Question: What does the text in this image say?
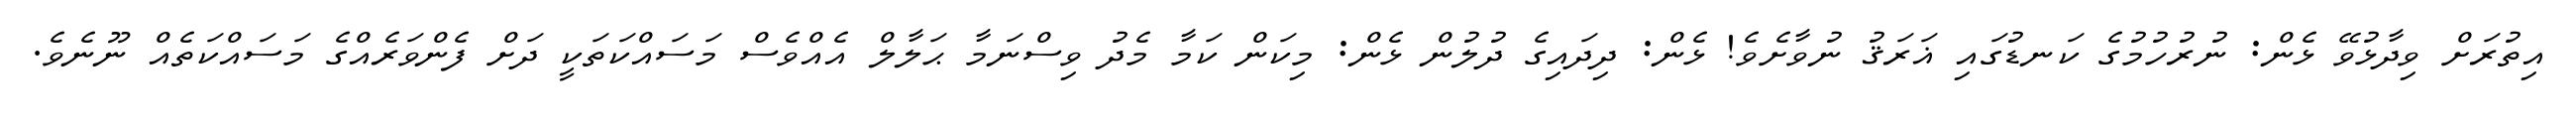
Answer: އިތުރަށް ވިދާޅުވޭ ޅެން: ނުރުހުމުގެ ކަނޑުގައި ޣަރަޤު ނުވާށެވެ! ޅެން: ދިދައިގެ ދުލުން ޅެން: މިކަން ކަމާ މެދު ވިސްނަމާ ޙަލާލް އެއްވެސް މަސައްކަތަކީ ދަށް ފެންވަރެއްގެ މަސައްކަތެއް ނޫނެވެ.